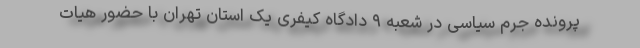
پرونده جرم سیاسی در شعبه ۹ دادگاه کیفری یک استان تهران با حضور هیات